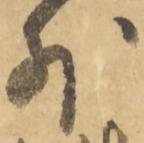
外